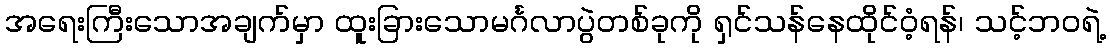
အရေးကြီးသောအချက်မှာ ထူးခြားသောမင်္ဂလာပွဲတစ်ခုကို ရှင်သန်နေထိုင်ဝံ့ရန်၊ သင့်ဘဝရဲ့